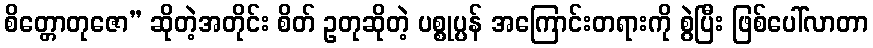
စိတ္တောတုဇော” ဆိုတဲ့အတိုင်း စိတ် ဥတုဆိုတဲ့ ပစ္စုပ္ပန် အကြောင်းတရားကို စွဲပြီး ဖြစ်ပေါ်လာတာ